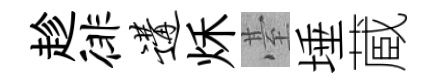
趁徘遘秌䑓埵蔵